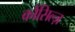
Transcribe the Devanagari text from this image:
कौंसिल्‍ज़